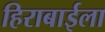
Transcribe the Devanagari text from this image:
हिराबाईला